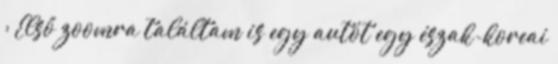
: Első zoomra találtam is egy autót egy észak-koreai